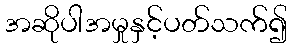
အဆိုပါအမှုနှင့်ပတ်သက်၍